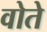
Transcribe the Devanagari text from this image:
वोते